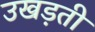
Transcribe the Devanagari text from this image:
उखड़ती